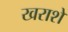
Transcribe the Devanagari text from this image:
खराशें